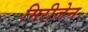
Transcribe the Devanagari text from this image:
मिरीजेन